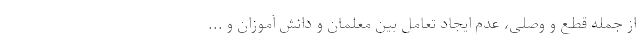
از جمله قطع و وصلی، عدم ایجاد تعامل بین معلمان و دانش آموزان و ...